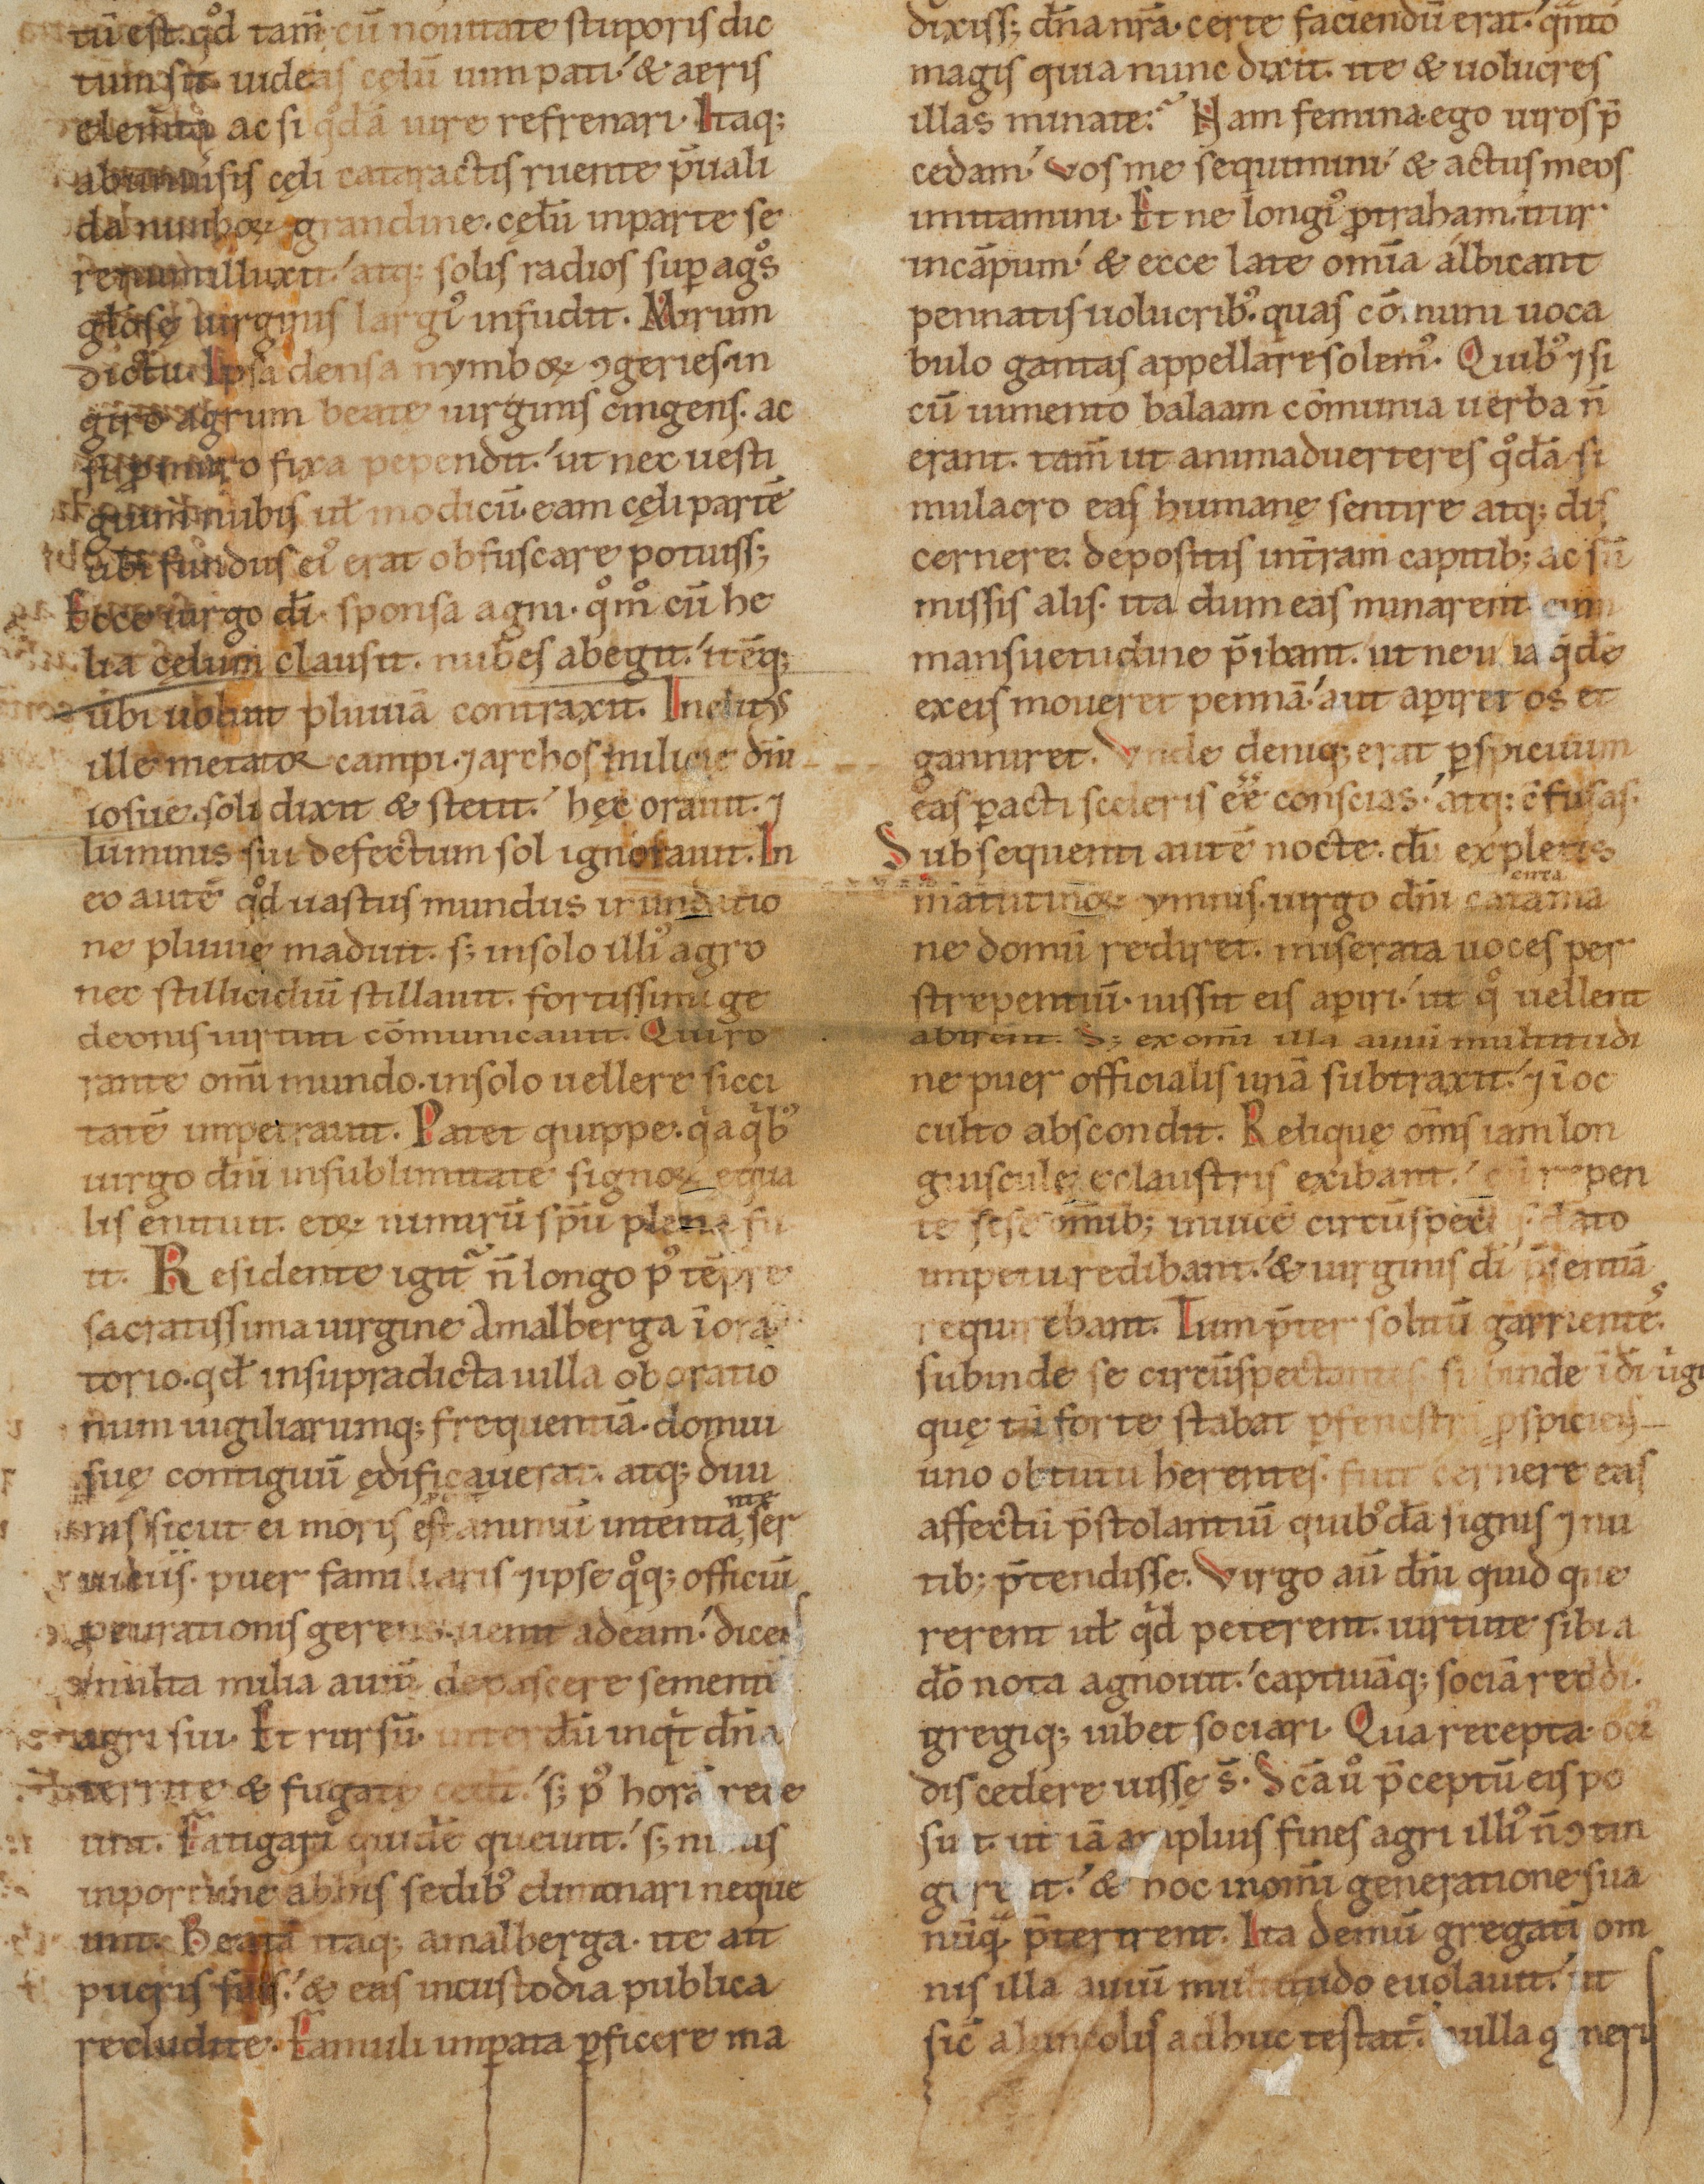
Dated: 1140–1170